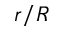
r / R